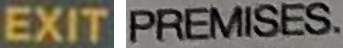
EXIT PREMISES